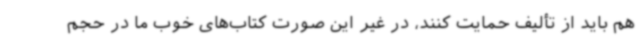
هم باید از تألیف حمایت کنند، در غیر این صورت کتاب‌های خوب ما در حجم